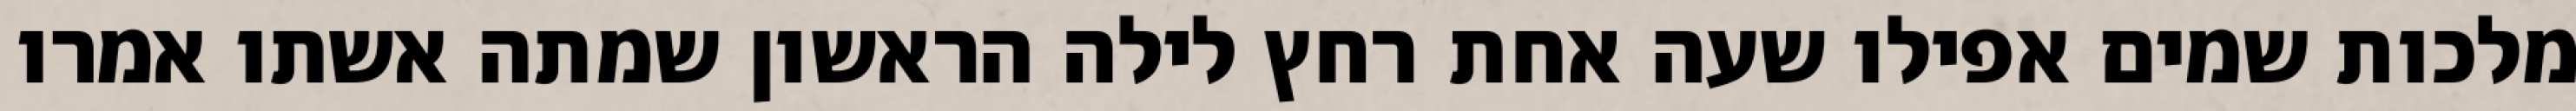
מלכות שמים אפילו שעה אחת רחץ לילה הראשון שמתה אשתו אמרו